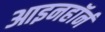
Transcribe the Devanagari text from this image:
आइनहॉर्न